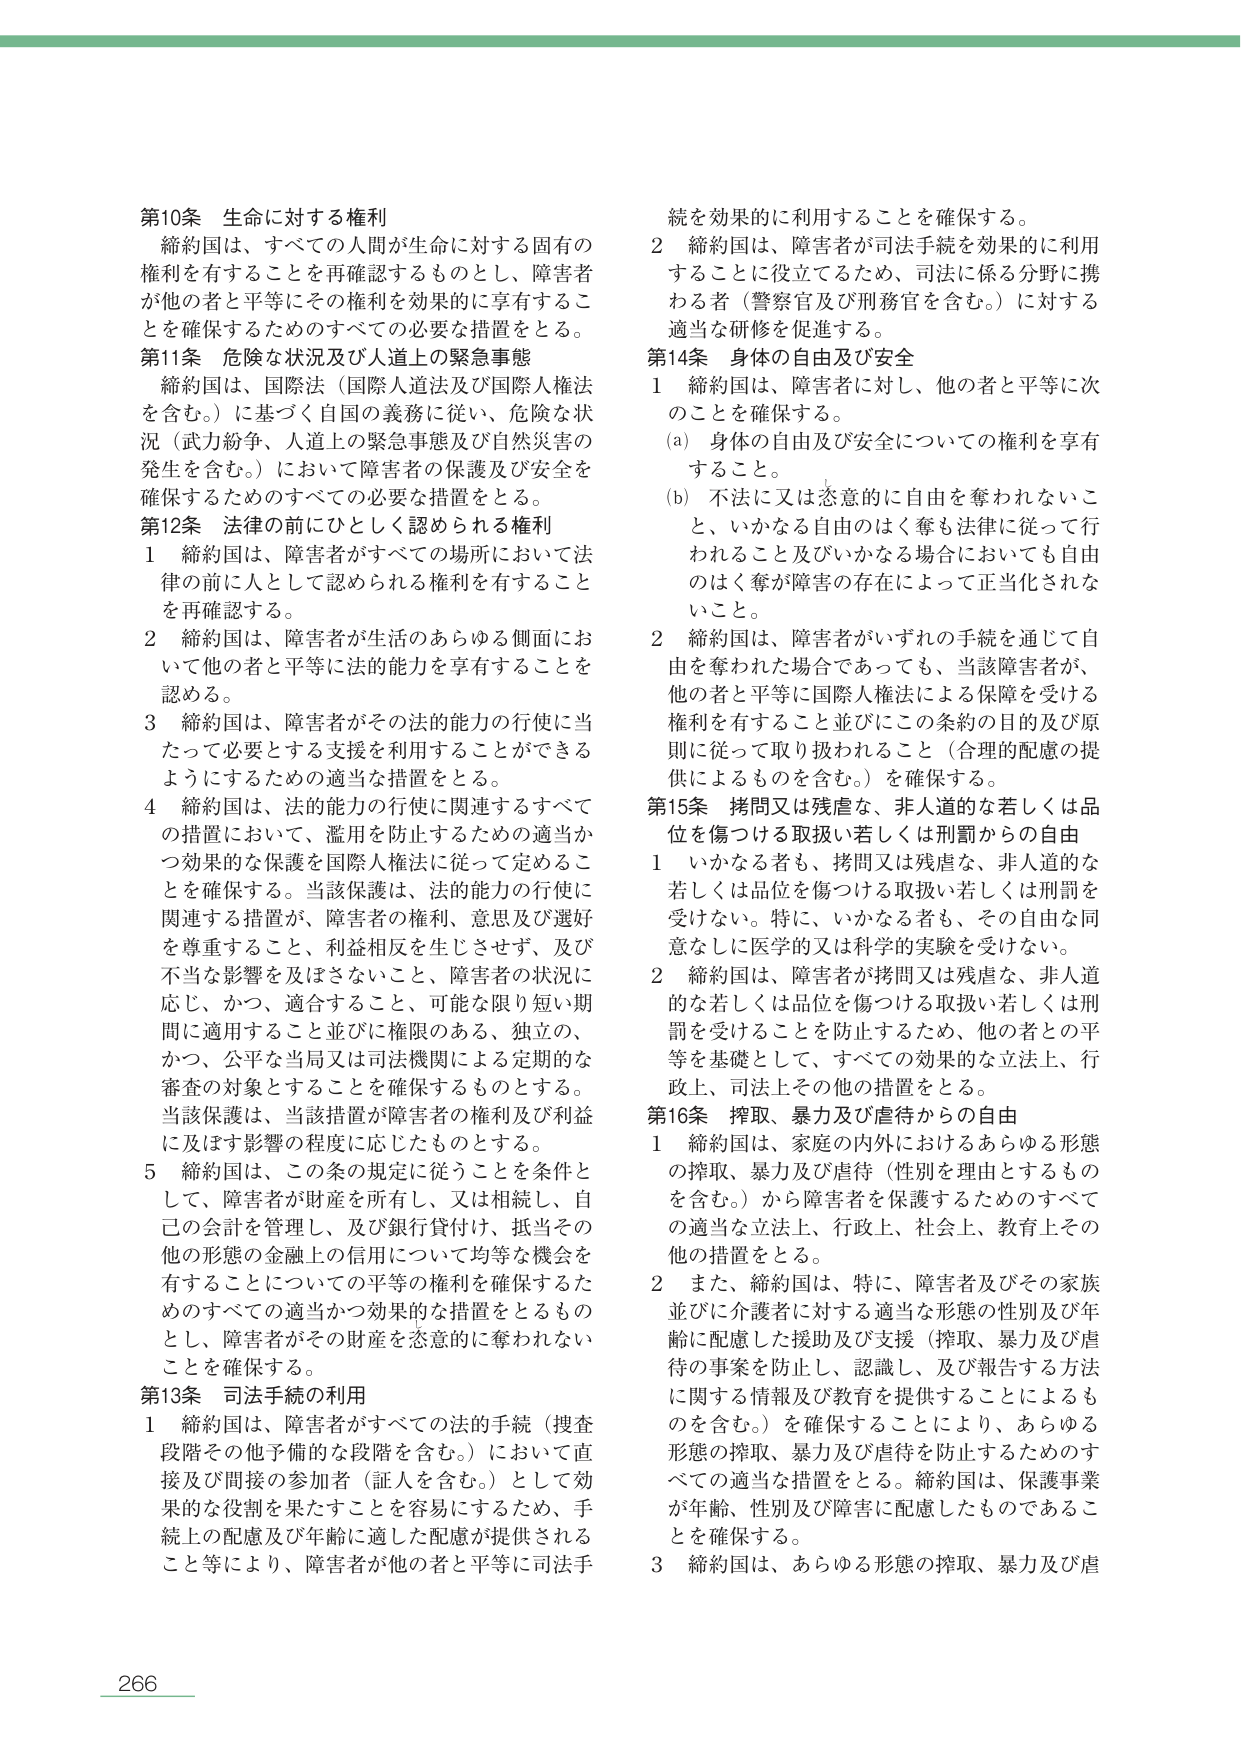
第10条 生命に対する権利
締約国は、すべての人間が生命に対する固有の権利を有することを再確認するものとし、障害者が他の者と平等にその権利を効果的に享有することを確保するためのすべての必要な措置をとる。

第11条 危険な状況及び人道上の緊急事態
締約国は、国際法（国際人道法及び国際人権法を含む。）に基づく自国の義務に従い、危険な状況（武力紛争、人道上の緊急事態及び自然災害の発生を含む。）において障害者の保護及び安全を確保するためのすべての必要な措置をとる。

第12条 法律の前にひとしく認められる権利
1 締約国は、障害者がすべての場所において法律の前に人として認められる権利を有することを再確認する。
2 締約国は、障害者が生活のあらゆる側面において他の者と平等に法的能力を享有することを認める。
3 締約国は、障害者がその法的能力の行使に当たって必要とする支援を利用することができるようにするための適当な措置をとる。
4 締約国は、法的能力の行使に関連するすべての措置において、濫用を防止するための適当かつ効果的な保護を国際人権法に従って定めることを確保する。当該保護は、法的能力の行使に関連する措置が、障害者の権利、意思及び選好を尊重すること、利益相反を生じさせず、及び不当な影響を及ぼさないこと、障害者の状況に応じ、かつ、適合すること、可能な限り短期間に適用すること並びに権限のある、独立の、かつ、公平な当局又は司法機関による定期的な審査の対象とすることを確保するものとする。当該保護は、当該措置が障害者の権利及び利益に及ぼす影響の程度に応じたものとする。
5 締約国は、この条の規定に従うことを条件として、障害者が財産を所有し、又は相続し、自己の会計を管理し、及び銀行貸付け、抵当その他の形態の金融上の信用について均等な機会を有することについての平等の権利を確保するためのすべての適当かつ効果的な措置をとるものとし、障害者がその財産を恣意的に奪われないことを確保する。

第13条 司法手続の利用
1 締約国は、障害者がすべての法的手続（捜査段階その他予備的な段階を含む。）において直接及び間接の参加者（証人を含む。）として効果的な役割を果たすことを容易にするため、手続上の配慮及び年齢に適した配慮が提供されること等により、障害者が他の者と平等に司法手続を効果的に利用することを確保する。
2 締約国は、障害者が司法手続を効果的に利用することに役立てるため、司法に係る分野に携わる者（警察官及び刑務官を含む。）に対する適当な研修を促進する。

第14条 身体の自由及び安全
1 締約国は、障害者に対し、他の者と平等に次のこととを確保する。
(a) 身体の自由及び安全についての権利を享有すること。
(b) 不法に又は恣意的に自由を奪われないこと、いかなる自由のほく奪も法律に従って行われること及びいかなる場合においても自由のほく奪が障害の存在によって正当化されないこと。
2 締約国は、障害者がいずれの手続を通じて自由を奪われた場合であっても、当該障害者が、他の者と平等に国際人権法による保障を受ける権利を有すること並びにこの条約の目的及び原則に従って取り扱われること（合理的配慮の提供によるものを含む。）を確保する。

第15条 拷問又は残虐な、非人道的な若しくは品位を傷つける取扱い若しくは刑罰からの自由
1 いかなる者も、拷問又は残虐な、非人道的な若しくは品位を傷つける取扱い若しくは刑罰を受けない。特に、いかなる者も、その自由な同意なしに医学的又は科学的実験を受けない。
2 締約国は、障害者が拷問又は残虐な、非人道的な若しくは品位を傷つける取扱い若しくは刑罰を受けることを防止するため、他の者との平等を基礎として、すべての効果的な立法上、行政上、司法上その他の措置をとる。

第16条 搾取、暴力及び虐待からの自由
1 締約国は、家庭の内外におけるあらゆる形態の搾取、暴力及び虐待（性別を理由とするものを含む。）から障害者を保護するためのすべての適当な立法上、行政上、社会上、教育上その他の措置をとる。
2 また、締約国は、特に、障害者及びその家族並びに介護者に対する適当な形態の性別及び年齢に配慮した援助及び支援（搾取、暴力及び虐待の事案を防止し、認識し、及び報告する方法に関する情報及び教育を提供することによるものを含む。）を確保することにより、あらゆる形態の搾取、暴力及び虐待を防止するためのすべての適当な措置をとる。締約国は、保護事業が年齢、性別及び障害に配慮したものであることを確保する。
3 締約国は、あらゆる形態の搾取、暴力及び虐

266